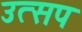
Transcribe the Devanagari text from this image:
उत्सप